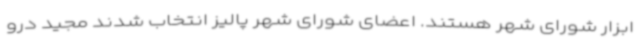
ابزار شورای شهر هستند. اعضای شورای شهر پالیز انتخاب شدند مجید درو